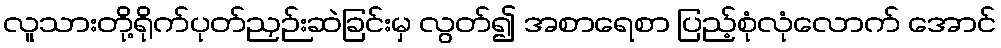
လူသားတို့ရိုက်ပုတ်ညှဉ်းဆဲခြင်းမှ လွတ်၍ အစာရေစာ ပြည့်စုံလုံလောက် အောင်